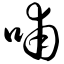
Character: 哺